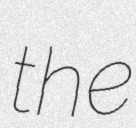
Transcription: the